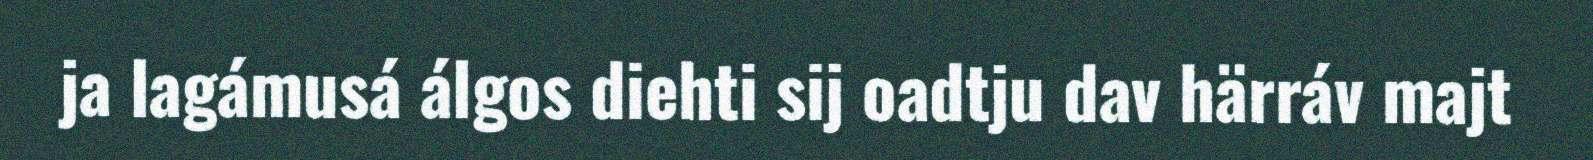
ja lagámusá álgos diehti sij oadtju dav härráv majt